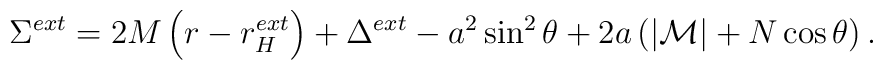
\Sigma^{ext}=2M\left(r-r_H^{ext}\right)+ \Delta^{ext}-a^2\sin^2\theta+2a\left(|{\cal M}|+N\cos\theta\right).